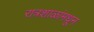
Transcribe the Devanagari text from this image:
रात्रशाळांमधून